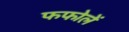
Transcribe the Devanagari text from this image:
फफोलें